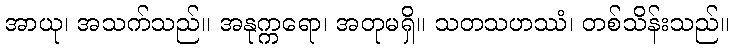
အာယု၊ အသက်သည်။ အနုက္ကရော၊ အတုမရှိ။ သတသဟဿံ၊ တစ်သိန်းသည်။